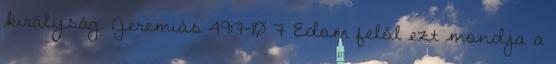
királyság. Jeremiás 49:7-10 7 Edom felől ezt mondja a